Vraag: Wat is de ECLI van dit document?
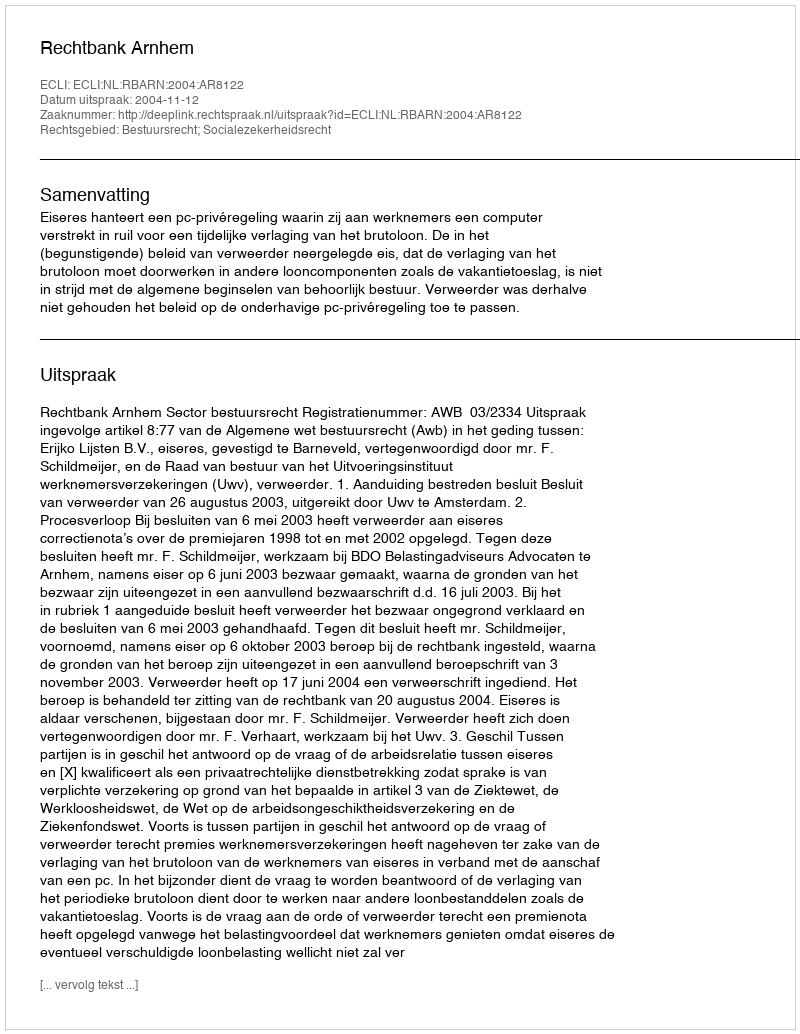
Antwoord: ECLI:NL:RBARN:2004:AR8122